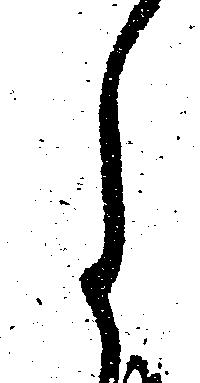
月